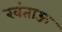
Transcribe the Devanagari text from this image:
खंताऊ